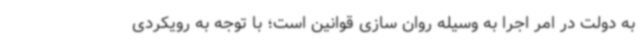
به دولت در امر اجرا به وسیله روان سازی قوانین است؛ با توجه به رویکردی